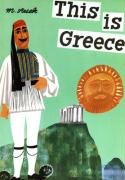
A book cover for This is Greece; Miroslav Sasek; Children's Books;